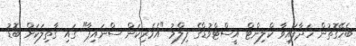
ބެހޭގޮތުން ހަދާފައިވާ ކްލިންޓް އީސްޓްވުޑްގެ ފިލްމު "އެމެރިކަން ސްނައިޕާ" ގައި ގާތިލަކަށް ބޮޑު